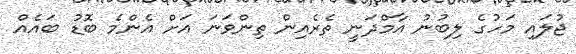
ޖުލައި މަހުގެ ލިބުނު އާމްދަނީ ތެރެއިން ތިންވަނަ އަށް އެންމެ ބޮޑު ބައެއް